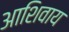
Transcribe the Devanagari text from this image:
आशिवाय